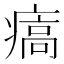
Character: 㾸